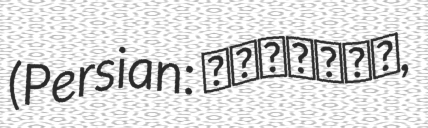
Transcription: (Persian: مهراباد,